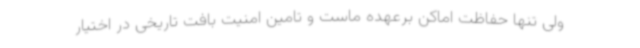
ولی تنها حفاظت اماکن برعهده ماست و تامین امنیت بافت تاریخی در اختیار